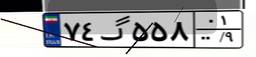
۷۴گ۵۵۸۰۱